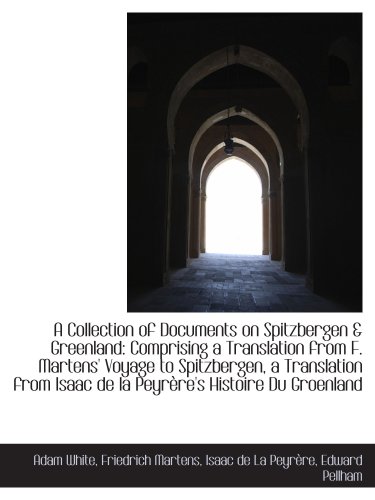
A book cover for A Collection of Documents on Spitzbergen & Greenland: Comprising a Translation from F. Martens' Voya; Adam White; History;